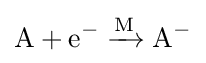
{\mathrm {A} {}+{}\mathrm {e} {\vphantom {A}}^{-}{}\mathrel {\xrightarrow {\mathrm {M} } } {}\mathrm {A} {\vphantom {A}}^{-}}